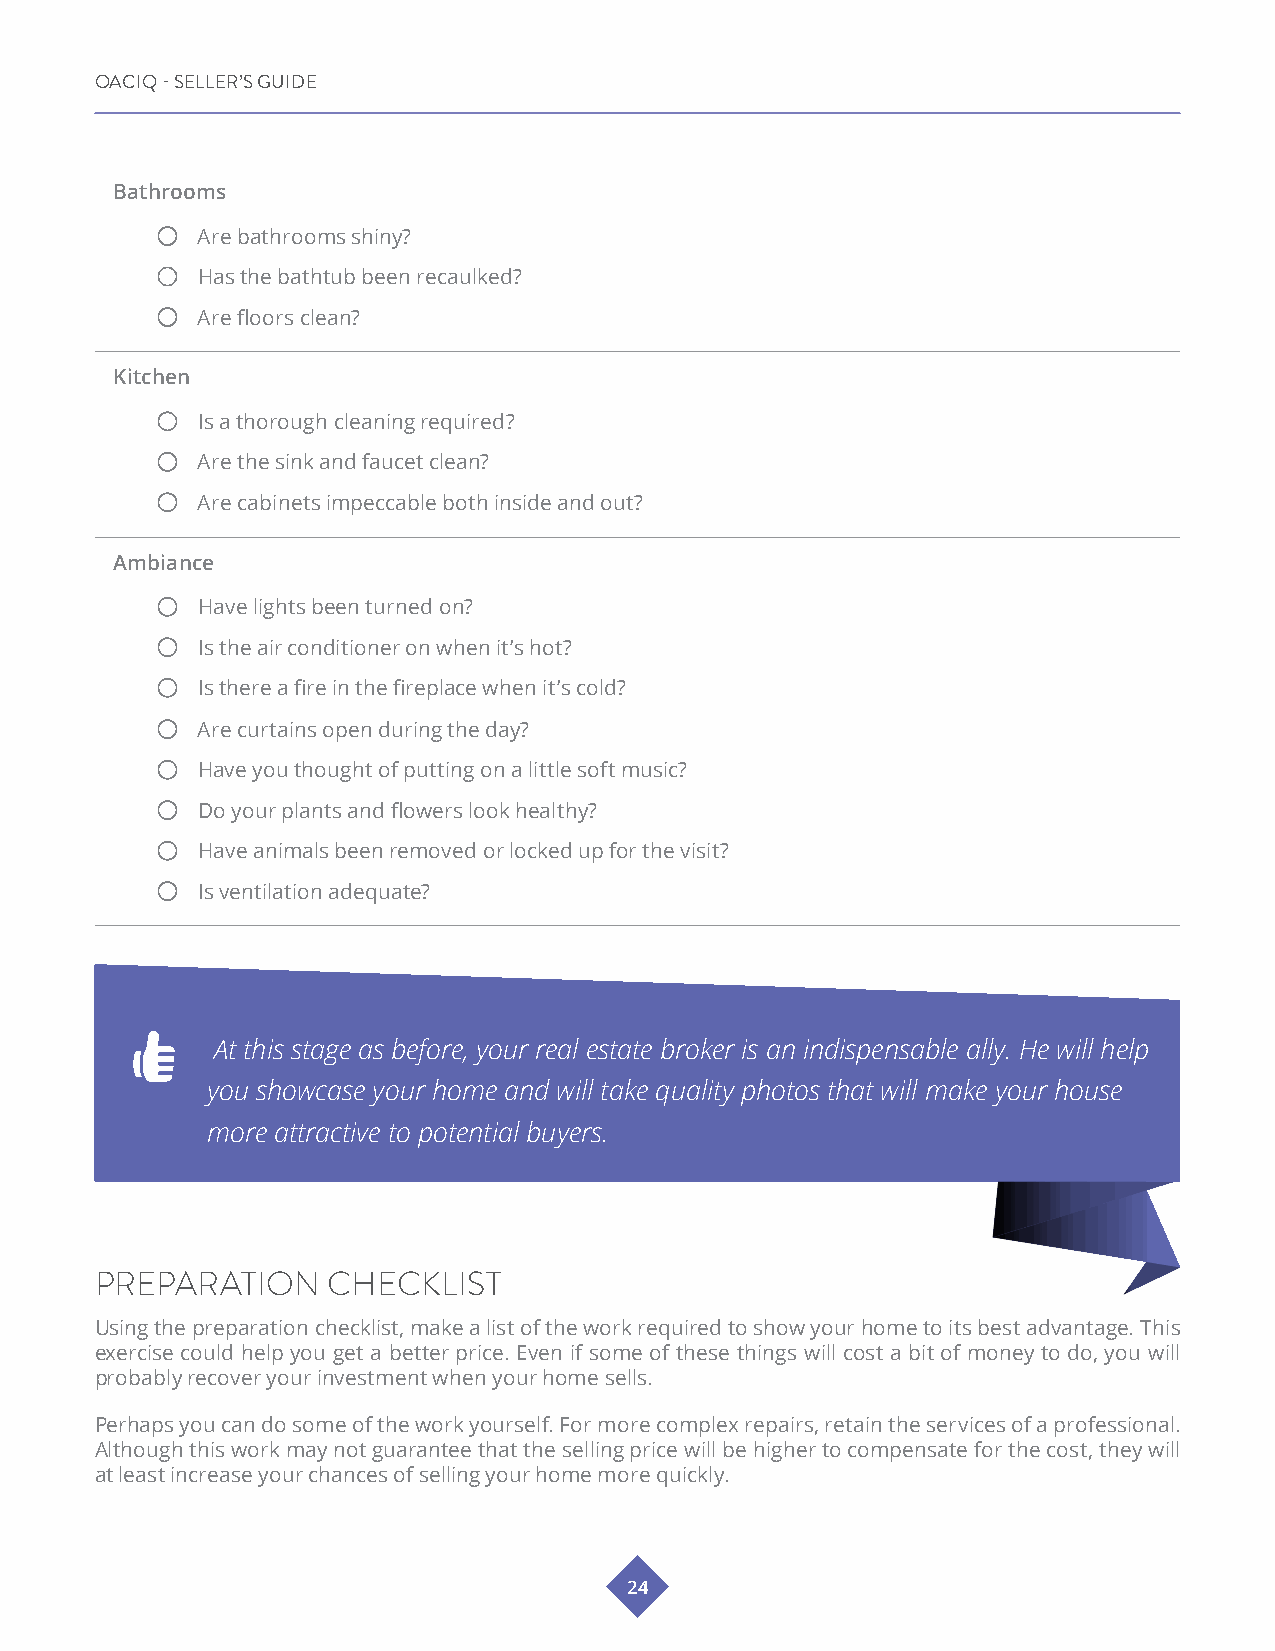
OACIQ - SELLER’S GUIDE
 Bathrooms
 Are bathrooms shiny?
 Has the bathtub been recaulked?
 Are floors clean?
 Kitchen
 Is a thorough cleaning required?
 Are the sink and faucet clean?
 Are cabinets impeccable both inside and out?
 Ambiance
 Have lights been turned on?
 Is the air conditioner on when it’s hot?
 Is there a fire in the fireplace when it’s cold?
 Are curtains open during the day?
 Have you thought of putting on a little soft music?
 Do your plants and flowers look healthy?
 Have animals been removed or locked up for the visit?
 Is ventilation adequate?
 At this stage as before, your real estate broker is an indispensable ally. He will help
 you showcase your home and will take quality photos that will make your house
 more attractive to potential buyers.
 PREPARATION     CHECKLIST
 Using the preparation checklist, make a list of the work required to show your home to its best advantage. This
 exercise could help you get a better price. Even if some of these things will cost a bit of money to do, you will
 probably recover your investment when your home sells.
 Perhaps you can do some of the work yourself. For more complex repairs, retain the services of a professional.
 Although this work may not guarantee that the selling price will be higher to compensate for the cost, they will
 at least increase your chances of selling your home more quickly.
 24